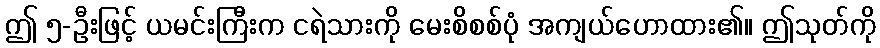
ဤ ၅-ဦးဖြင့် ယမင်းကြီးက ငရဲသားကို မေးစိစစ်ပုံ အကျယ်ဟောထား၏။ ဤသုတ်ကို